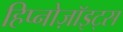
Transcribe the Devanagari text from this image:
हिप्नोज़ॉइट्स